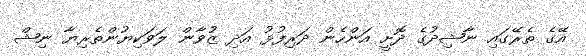
އޭގެ ތެރޭގައި ނާޝިދުގެ ދޮށީ އަންހެން ދަރިފުޅު އަދި ޒުވާން ލަވަކިޔުންތެރިޔާ ނިޝް